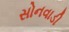
સોનવાડી